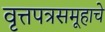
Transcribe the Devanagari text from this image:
वृत्तपत्रसमूहाचे